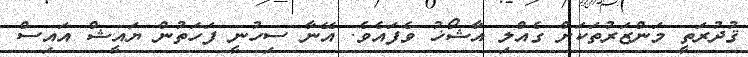
ޤުދުރަތީ މަންޒަރުތަކަށް ގެއްލި އާޝޯޚު ވެފައެވެ. އޭނާ ސިހުނީ ފަހަތުން ޔައީޝް އައިސް